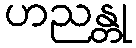
ဟညန္တု